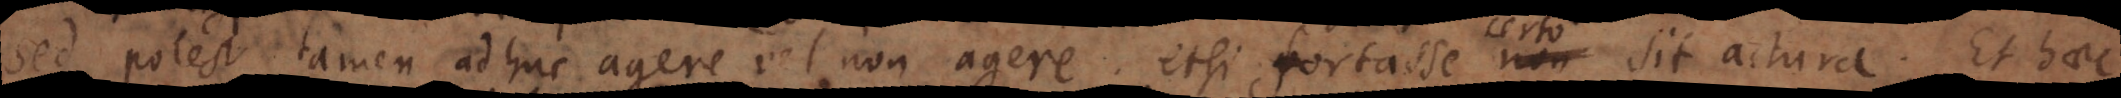
sed potest tamen adhuc agere vel non agere; etsi fortasse non sit actura. Et haec